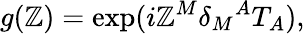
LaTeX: g(\mathbb{Z})=\exp(i\mathbb{Z}^{M}\delta_{M}{}^{A}T_{A}),